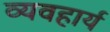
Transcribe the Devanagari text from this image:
व्‍यवहार्य